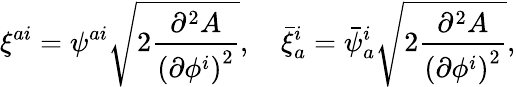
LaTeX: \xi^{ai}=\psi^{ai}\sqrt{2\frac{\partial^{2}A}{{(\partial\phi^{i})}^{2}}},\quad\bar{\xi}_{a}^{i}=\bar{\psi}_{a}^{i}\sqrt{2\frac{\partial^{2}A}{{(\partial\phi^{i})}^{2}}},